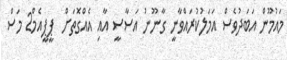
މައުމޫން އަބަދުވެސް އަމަލުކުރައްވާނީ ގާނޫނު އަސާސީ އާއި އެއްގޮތަށް  ޕީޕީއެމް2 މަސް